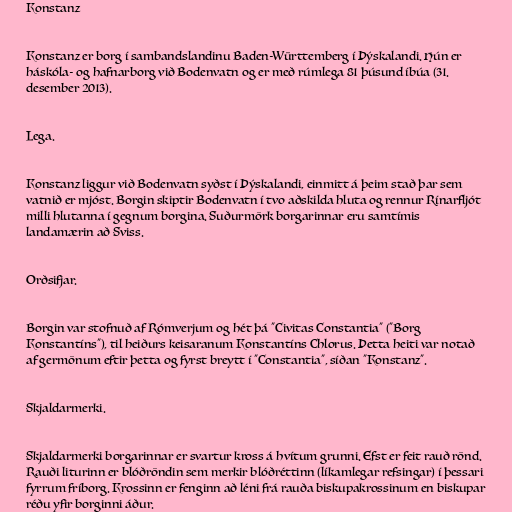
Konstanz

Konstanz er borg í sambandslandinu Baden-Württemberg í Þýskalandi. Hún er
háskóla- og hafnarborg við Bodenvatn og er með rúmlega 81 þúsund íbúa (31.
desember 2013).

Lega.

Konstanz liggur við Bodenvatn syðst í Þýskalandi, einmitt á þeim stað þar sem
vatnið er mjóst. Borgin skiptir Bodenvatn í tvo aðskilda hluta og rennur Rínarfljót
milli hlutanna í gegnum borgina. Suðurmörk borgarinnar eru samtímis
landamærin að Sviss.

Orðsifjar.

Borgin var stofnuð af Rómverjum og hét þá "Civitas Constantia" ("Borg
Konstantíns"), til heiðurs keisaranum Konstantíns Chlorus. Þetta heiti var notað
af germönum eftir þetta og fyrst breytt í "Constantia", síðan "Konstanz".

Skjaldarmerki.

Skjaldarmerki borgarinnar er svartur kross á hvítum grunni. Efst er feit rauð rönd.
Rauði liturinn er blóðröndin sem merkir blóðréttinn (líkamlegar refsingar) í þessari
fyrrum fríborg. Krossinn er fenginn að léni frá rauða biskupakrossinum en biskupar
réðu yfir borginni áður.